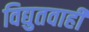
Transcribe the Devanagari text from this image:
विद्युतवाही